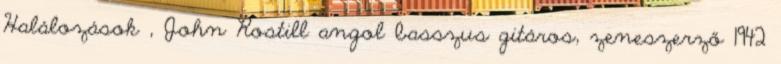
Halálozások , John Rostill angol basszus gitáros, zeneszerző 1942